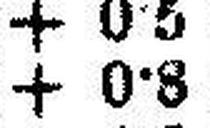
+ 0•8